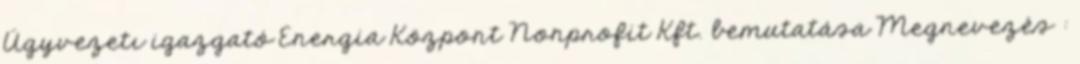
Ügyvezetı igazgató Energia Központ Nonprofit Kft. bemutatása Megnevezés :